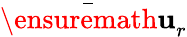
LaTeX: \bar{\ensuremath{\mathbf{u}}}_{r}